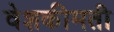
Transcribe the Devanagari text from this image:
वेशकीमती